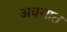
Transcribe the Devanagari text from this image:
अवगात